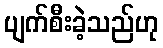
ပျက်စီးခဲ့သည်ဟု